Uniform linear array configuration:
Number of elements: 12
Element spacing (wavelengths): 0.5
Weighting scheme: uniform
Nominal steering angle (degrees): -60
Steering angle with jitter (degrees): -61.181
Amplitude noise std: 0.05
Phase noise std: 0.05

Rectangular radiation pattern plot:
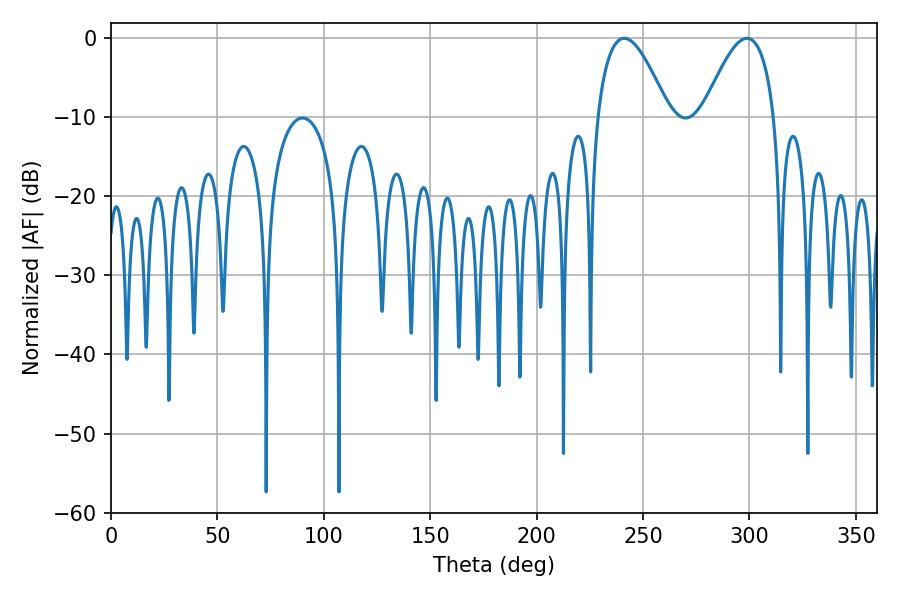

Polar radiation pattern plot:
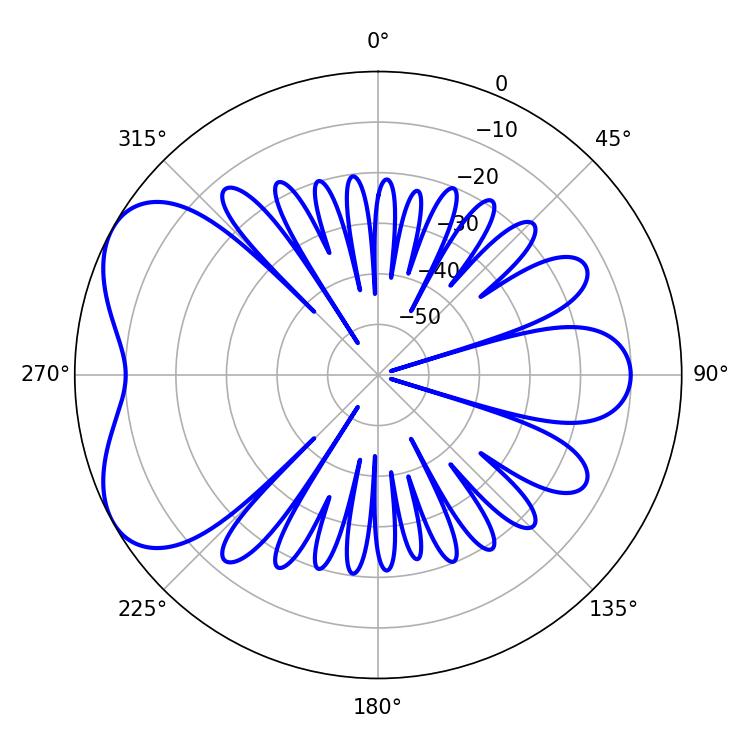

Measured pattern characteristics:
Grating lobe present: FALSE
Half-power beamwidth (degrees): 18.18
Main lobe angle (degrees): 241.2